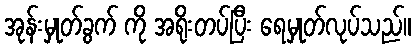
အုန်းမှုတ်ခွက် ကို အရိုးတပ်ပြီး ရေမှုတ်လုပ်သည်။